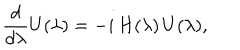
{ \frac { d } { d \lambda } } U ( \lambda ) = - i \, H ( \lambda ) \, U ( \lambda ) ,